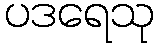
ပဒရေသု